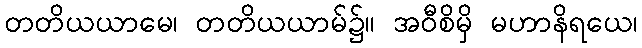
တတိယယာမေ၊ တတိယယာမ်၌။ အဝီစိမှိ မဟာနိရယေ၊